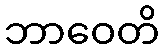
ဘာဝေတိ